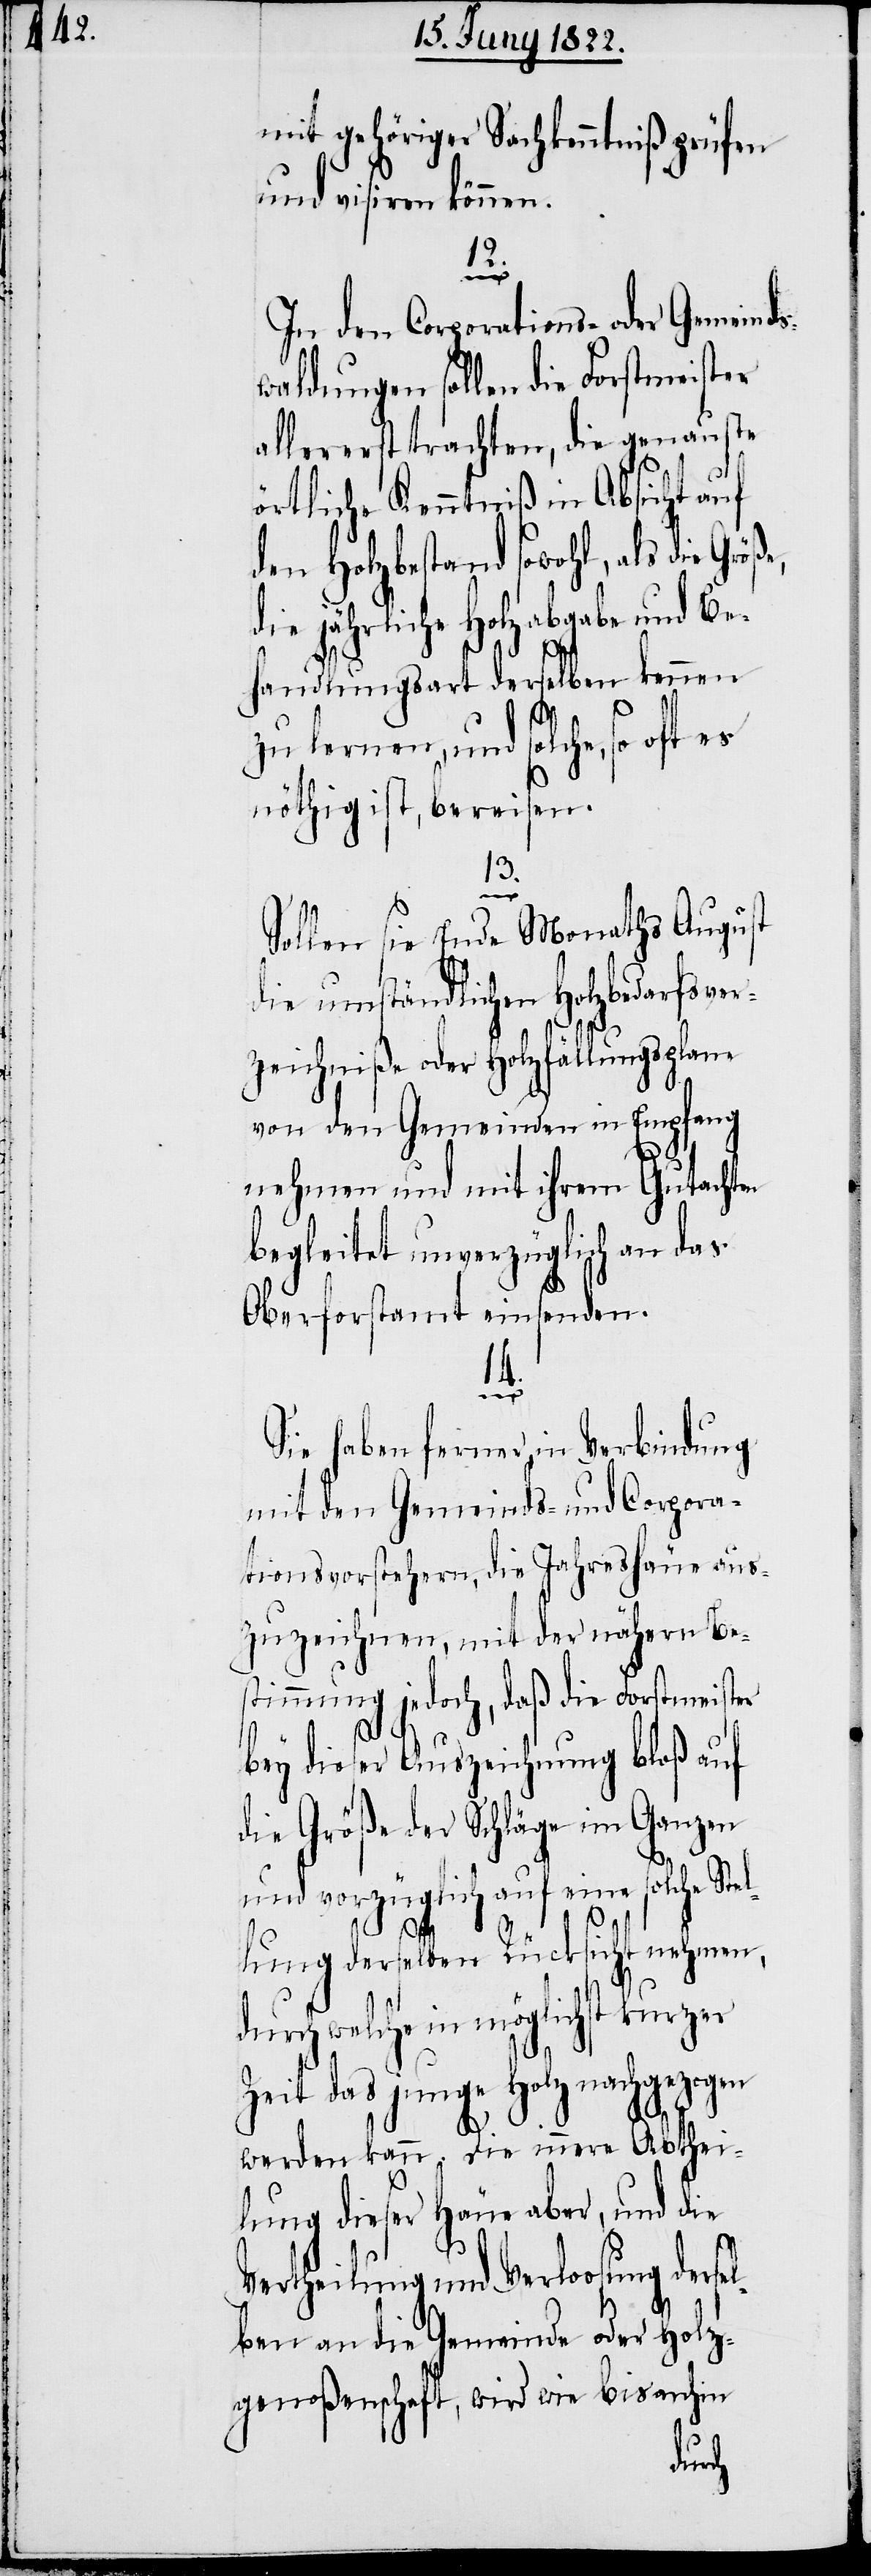
mit gehöriger Sachkenntniß prüfen
und visiren können.
el¬
In den Corporations- oder Gemeind¬
swaldungen sollen die Forstmeister
allererst trachten, die genauste
örtliche Kenntniß in Absicht auf
den Holzbestand sowohl, als die Gr¬
die jährliche Holzabgabe und Be¬
handlungsart derselben kennen
zu lernen, und solche, so oft
nöthig ist, bereisen.
13.
Sollen sie Ende Monaths August
die umständliche Holzbedarfsver¬
zeichniße oder Holzfällungsplane
von den Gemeinden in Empfang
nehmen und mit ihrem Gutachten
begleitet unverzüglich an das
Oberforstamt einsenden.
14.
Sie haben ferner in Verbindung
mit den Gemeinds- und Corpora¬
tionsvorstehern, die Jahreshäue aus¬
zuzeichnen, mit der nähern Be¬
stimmung jedoch, daß die Forstmeister
bey dieser Auszeichnung bloß auf
die Größe der Schläge im Ganzen
und vorzüglich auf eine solche Stel¬
öße,
lung derselben Rücksicht nehmen,
welche in möglichst kurzer
Zeit das junge Holz nachgezogen
werden kann. Die innere Abthei¬
lung dieser Häue aber, und die
Vertheilung und Verloosung ders¬
ben an die Gemeinde oder Holz¬
genoßenschaft, wird wie bis anhin
durch